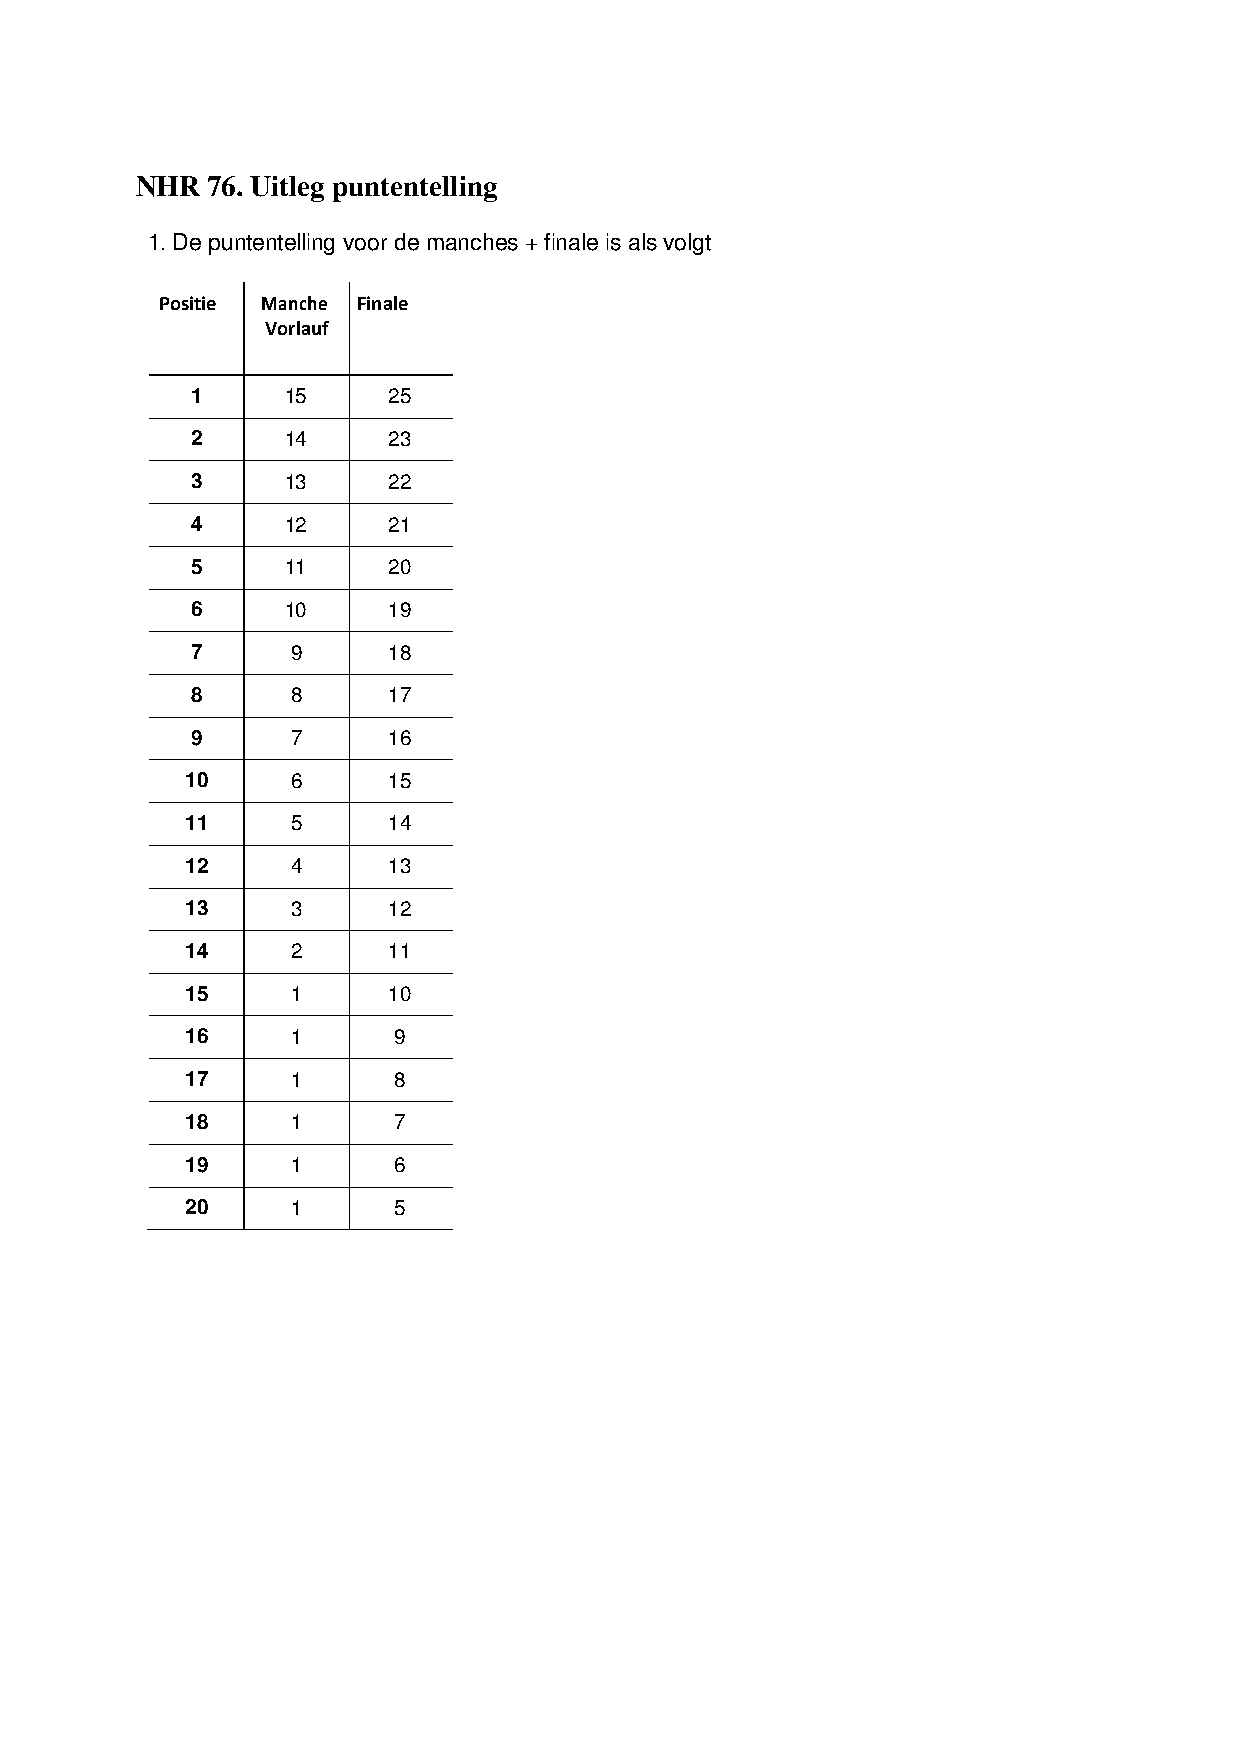
NHR  76. Uitleg puntentelling
 1. De puntentelling voor de manches + finale is als volgt
 Positie Manche Finale
 Vorlauf
 1     15     25
 2     14     23
 3     13     22
 4     12     21
 5     11     20
 6     10     19
 7     9      18
 8     8      17
 9     7      16
 10     6      15
 11     5      14
 12     4      13
 13     3      12
 14     2      11
 15     1      10
 16     1      9
 17     1      8
 18     1      7
 19     1      6
 20     1      5